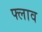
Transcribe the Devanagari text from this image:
फ्लाव